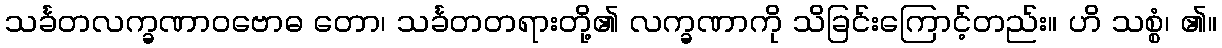
သင်္ခတလက္ခဏာဝဗောဓ တော၊ သင်္ခတတရားတို့၏ လက္ခဏာကို သိခြင်းကြောင့်တည်း။ ဟိ သစ္စံ၊ ၏။